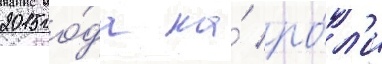
2015 го́да на́ ро́л'и